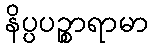
နိပ္ပပဉ္စာရာမာ